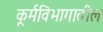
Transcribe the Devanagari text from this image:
कूर्मविभागातील